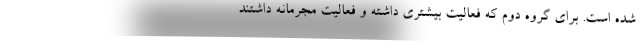
شده است. برای گروه دوم که فعالیت بیشتری داشته و فعالیت مجرمانه داشتند